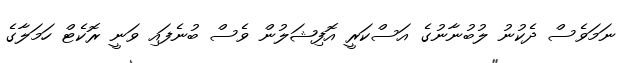
ނަމަވެސް ދެކުނު ލުބުނާނުގެ އަސްކަރީ އޮފިޝަލުން ވެސް ބުނެފައި ވަނީ ރޮކެޓް ހަމަލާގެ